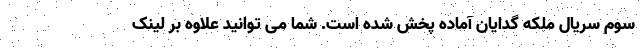
سوم سریال ملکه گدایان آماده پخش شده است. شما می توانید علاوه بر لینک